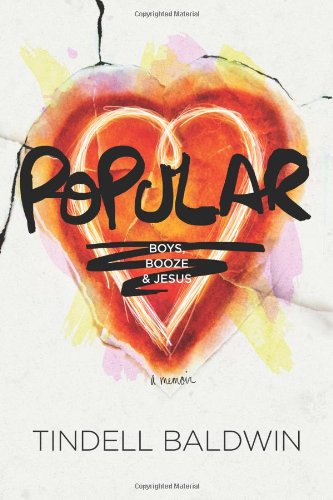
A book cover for Popular: Boys, Booze, and Jesus; Tindell Baldwin; Christian Books & Bibles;